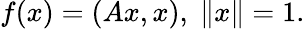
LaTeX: f(x)=(Ax,x),\; \| x\| =1.